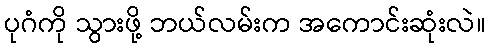
ပုဂံကို သွားဖို့ ဘယ်လမ်းက အကောင်းဆုံးလဲ။